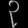
Digit: ၃